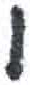
אות: י